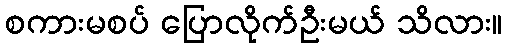
စကားမစပ် ပြောလိုက်ဦးမယ် သိလား။